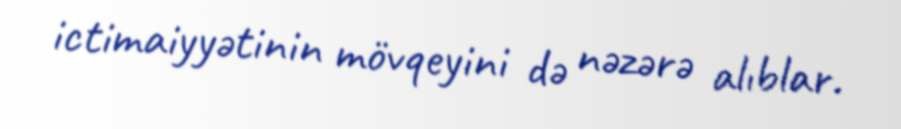
ictimaiyyətinin mövqeyini də nəzərə alıblar.